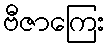
ဗီဇာကြေး